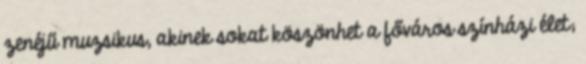
zenéjű muzsikus, akinek sokat köszönhet a főváros színházi élet;